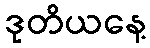
ဒုတိယနေ့